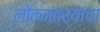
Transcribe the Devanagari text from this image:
लोकमंत्र्यांचा